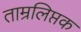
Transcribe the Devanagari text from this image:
ताम्रलिप्तक